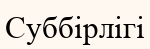
Суббірлігі